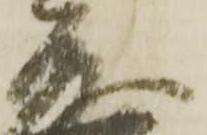
茂